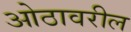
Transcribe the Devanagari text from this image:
ओठावरील